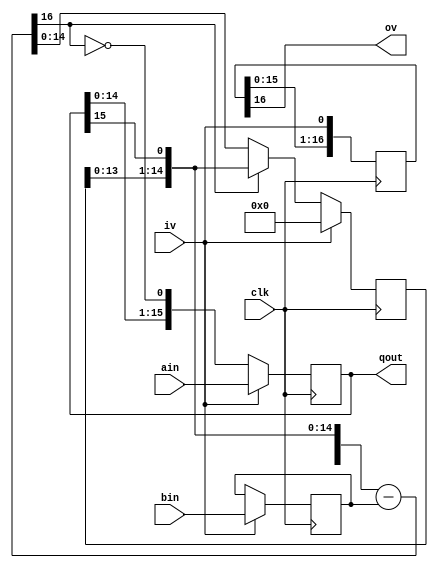
//
//				div16.v - Divide unsigned number by unsigned number
//
// 				(C) Copyright 2006-2012 John B. Stephensen
//
// This Verilog source file and all its derivatives are licensed only for
// personal non-profit educational use in the Amateur Radio Service and
// the license is not transferrable. The information is provided as-is for
// experimental purposes and the author does not warranty its freedom
// from defects or its suitability for any specific application.
//
// The dividend and divisor are loaded when IV and MOD are true. On each
// successive clock after IV is asserted, the divisor (B) is subtracted
// from the upper half of the dividend shift register (A) if the result
// will be positive. The result is shifted left by one bit and a one
// shifted into the quotient register (Q) if the subtraction succeeded.
// When the calculation is complete, Q contains the integer quotient
// and the most significant 16 bits of A contain the integer remainder.
// If IV is asserted with MOD low, the calculation continuues and 16
// fractional quotient bits are generated in Q. 
//
// Multiplexers are explicitly instantated to reduce the number of slices used.
//
// 48 LUTs and 50 registers used. 217 MHz maximum clock speed. 17 clock delay.
//
// Normal Warnings:
//		none
//
// Revision History:
//		12-8-10	eliminated truncation warning for bit counter in Spartan-6
//		12-23-10	use inferred adder/subtractor
//		3-22-12	modify for use outside CPU (CPU version is div16a)
//
module div16 (
    input [15:0] ain,bin,	// dividend and divisor input
    input iv,					// inputs valid
    output [15:0] qout,		// quotient
    output ov,					// quotient and remainder valid
	 input clk					// master clock
	 );
// Internal signals
wire[15:0] d;			// dividend less divisor
wire s;					// sign of above
reg [15:0] a;			// dividend shift register
reg [15:0] r;			// remainder shift register
reg [15:0] b;			// divisor register
reg [17:1] v;			// data valid delay
// control logic
always @ (posedge clk)
begin
	v <= {v[16:1],iv};	// data valid delay
	if (iv) b <= bin;		// load divisor register
end
// subtract divisor from shifted dividend
assign {s,d} = {r[14:0],a[15]} - b;
always @ (posedge clk)
begin
	if (iv) r <= 0;							// reset when dividend loaded
	else r <= s ? {r[14:0],a[15]} : d;	// ignore subtraction if result negative
	if (iv) a <= ain;							// load dividend register
	else a <= {a[14:0],~s};					// shift on every clock after load
end
// connect output
assign qout = a;	// quotient
assign ov = v[17];
endmodule